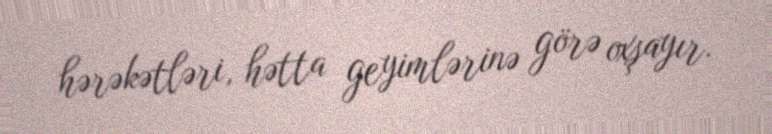
hərəkətləri, hətta geyimlərinə görə oxşayır.